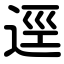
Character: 逕